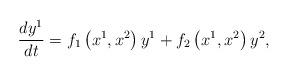
LaTeX: \begin{align*}\frac{dy^{1}}{dt}=f_{1}\left( x^{1},x^{2}\right) y^{1}+f_{2}\left(x^{1},x^{2}\right) y^{2},\end{align*}